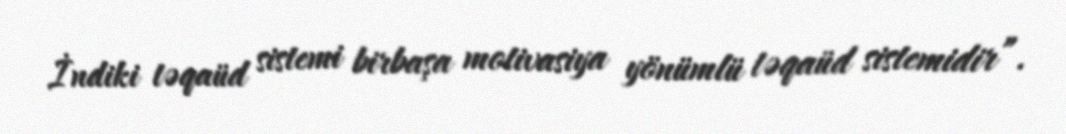
İndiki təqaüd sistemi birbaşa motivasiya yönümlü təqaüd sistemidir”.